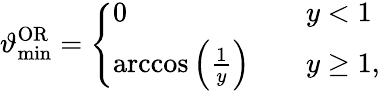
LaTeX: \vartheta_{\mathrm{min}}^{\mathrm{OR}}=\left\{ \begin{array}{ll}{0}&{\quad y<1}\\ {\operatorname{arccos}\left(\frac{1}{y}\right)}&{\quad y\geq 1,}\end{array}\right.